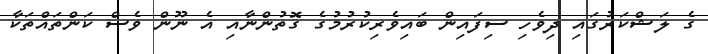
ގެ ލަޝްކަރުގައި ދިވެހި ސިފައިން ބައިވެރިކުރުމުގެ ގޮތުންނާއި އެ ނޫން ވެސް ކަންތައްތަކާ